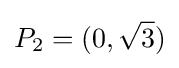
P_{2}=(0,{\sqrt {3}})